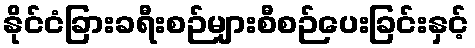
နိုင်ငံခြားခရီးစဉ်များစီစဉ်ပေးခြင်းနှင့်